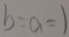
b = a = 1